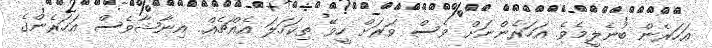
އަހަރެން ބުނެލީމެވެ. އަހަރެންނަށް ވެސް ވަރަށް ހީވޭ ތިކަހަލަ އެއްޗެއް.. އިނާޝާވެސް އަހަރެންގެ